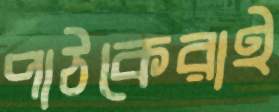
পাঠকেরাই